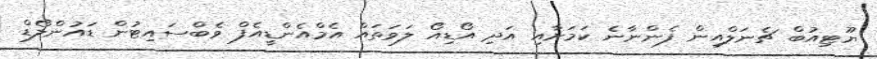
ޔޫޓިއުބް ޗެނަލްއިން ފެންނާނެ ކަމަށާއި އަދި އޯޑިއޯ ލަވަތައް އެމްއެންޑީއެފް ވެބްސައިޓުން ޑައުންލޯޑް